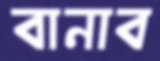
বানাব